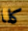
كلا